Lunatic asylums United Prov. 1922-30 - 1922-1930
Year: 1922
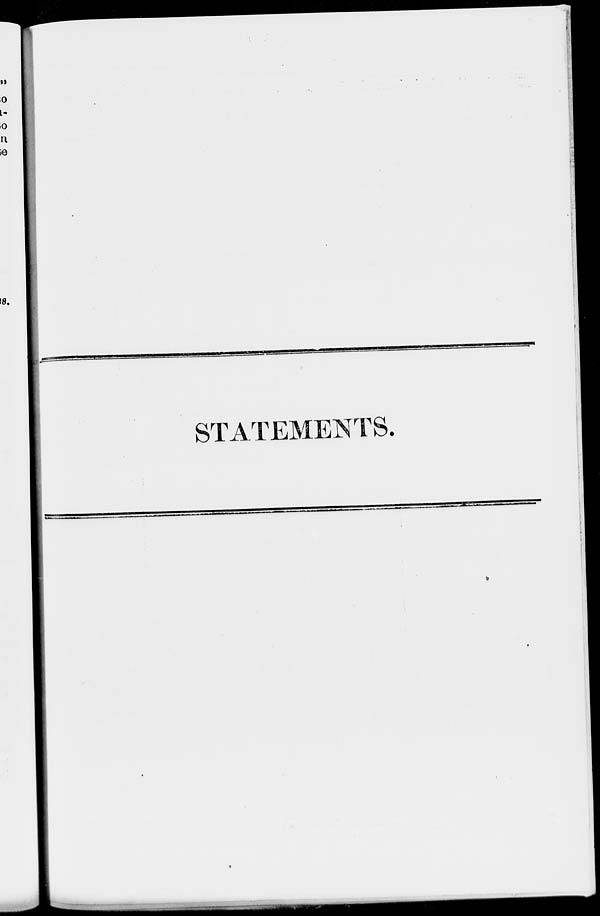
STATEMENTS.